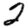
Digit: 2